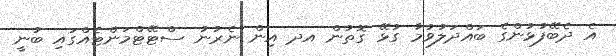
އެ ދެބޭފުޅުންގެ ބައްދަލުވުމާ ގުޅޭ ގޮތުން އދ އިން ނެރުނު ސްޓޭޓްމަންޓެއްގައި ބުނީ